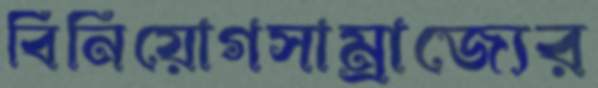
বিনিয়োগসাম্রাজ্যের